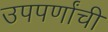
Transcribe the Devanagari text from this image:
उपपर्णांची